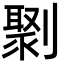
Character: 㔌